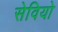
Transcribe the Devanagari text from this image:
सेवियो